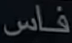
فاس